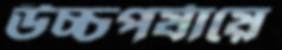
উচ্চপর্যায়ে